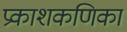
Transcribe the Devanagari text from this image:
प्रकाशकणिका